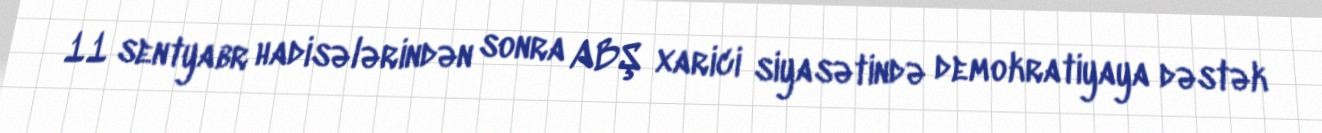
11 sentyabr hadisələrindən sonra ABŞ xarici siyasətində demokratiyaya dəstək